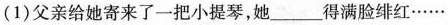
(1)父亲给她寄来了一把小提琴，她___得满脸绯红······